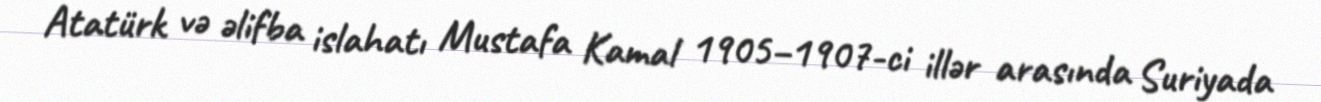
Atatürk və əlifba islahatı Mustafa Kamal 1905–1907-ci illər arasında Suriyada